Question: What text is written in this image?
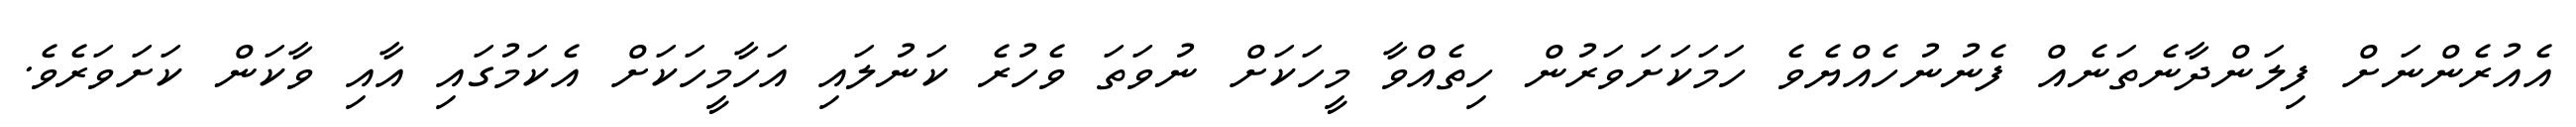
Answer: އެއުރެންނަށް ފިލަންދާނެތަނެއް ފެނުނުހެއްޔެވެ ހަމަކަށަވަރުން ހިތެއްވާ މީހަކަށް ނުވަތަ ވެހުރެ ކަނުލައި އަހާމީހަކަށް އެކަމުގައި އާއި ވާކަން ކަށަވަރެވެ.